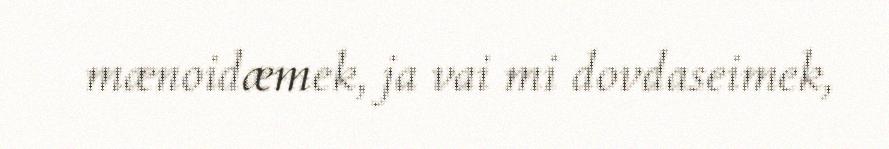
mænoidæmek, ja vai mi dovdaseimek,